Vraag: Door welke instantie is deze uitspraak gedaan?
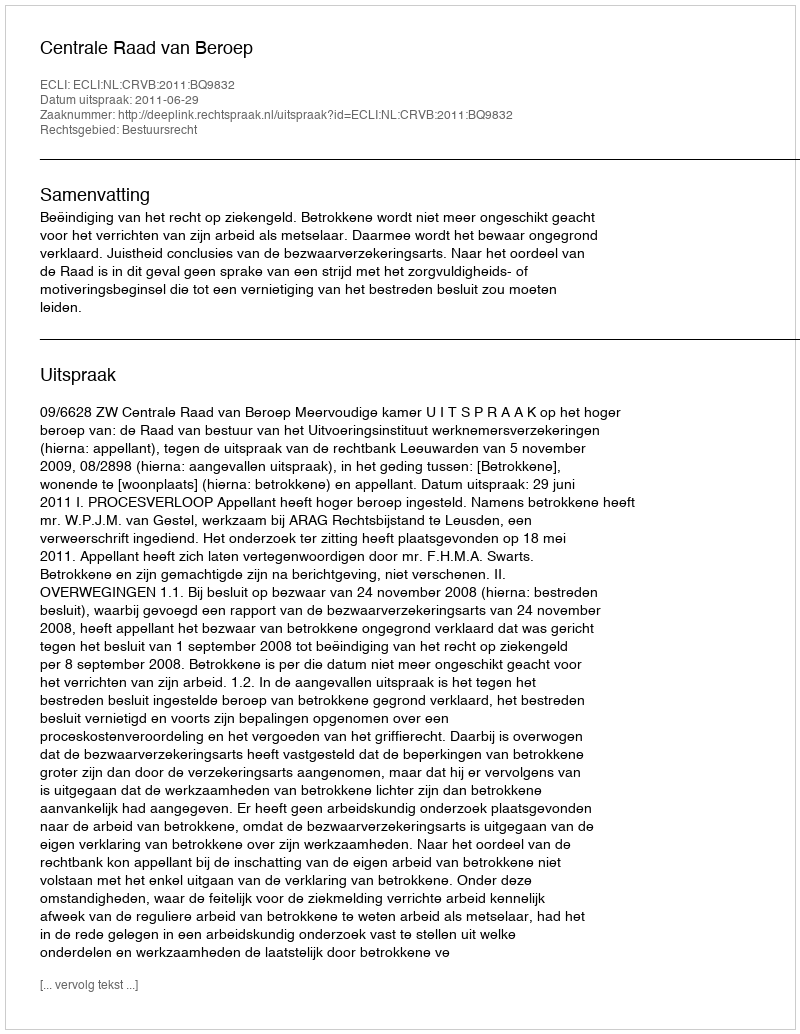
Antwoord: Centrale Raad van Beroep